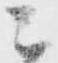
ニ